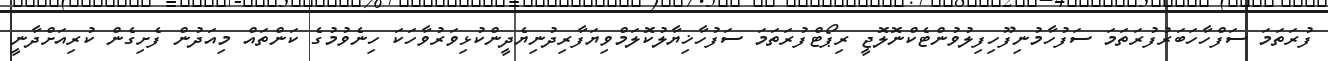
ފުރަތަމަ ސަފްހާހަބަރުފުރަތަމަ ސަފުހާމުނިފޫހިފިލުވުންޓެކްނޮލޮޖީ ރިޕޯޓްފުރަތަމަ ސަފުހާޚިޔާލުކޮލަމްވިޔަފާރިދުނިޔެދީންކުޅިވަރުވާހަކަ ހިނެވުމުގެ ކަންތައް މިއަދުން ފެށިގެން ކުރިއަށްދާނީ